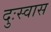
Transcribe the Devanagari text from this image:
दुःस्वास